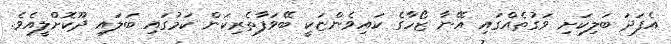
އެފަދަ ބަލިކަށި ވަގުތެއްގައި އޭނާ ޒޯހާގެ ކައިވެންޏަކީ ބޭވަފާތެރިކަން ކަމުގައި ބަލައި ދޫކޮށްލީއެވެ.